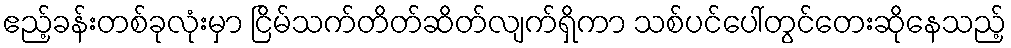
ဧည့်ခန်းတစ်ခုလုံးမှာ ငြိမ်သက်တိတ်ဆိတ်လျက်ရှိကာ သစ်ပင်ပေါ်တွင်တေးဆိုနေသည့်